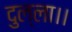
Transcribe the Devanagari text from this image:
दुल्ला।।